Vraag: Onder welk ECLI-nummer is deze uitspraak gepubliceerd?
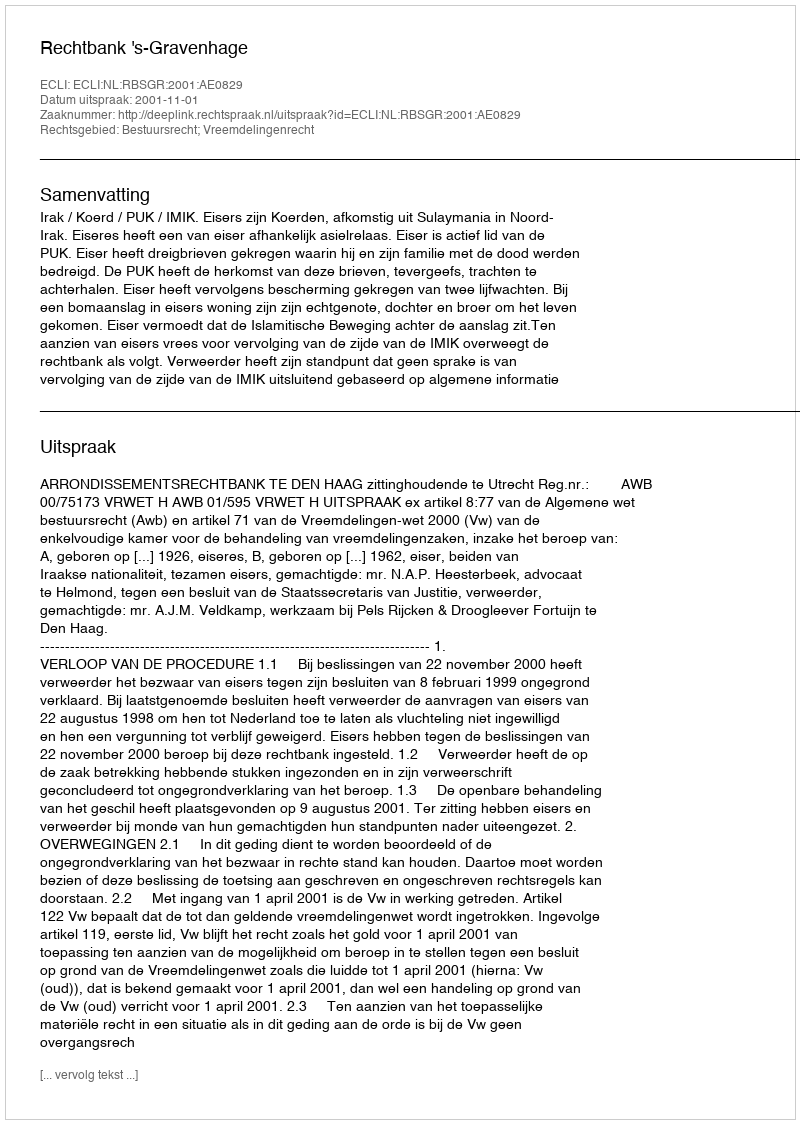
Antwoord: ECLI:NL:RBSGR:2001:AE0829